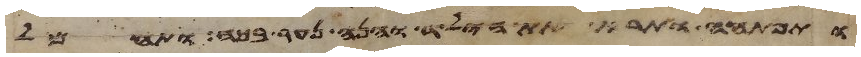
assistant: ותפתחה ותרא את הילד והנה נער בכה ותחמל